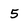
Character: 5